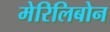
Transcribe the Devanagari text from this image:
मेरिलिबोन